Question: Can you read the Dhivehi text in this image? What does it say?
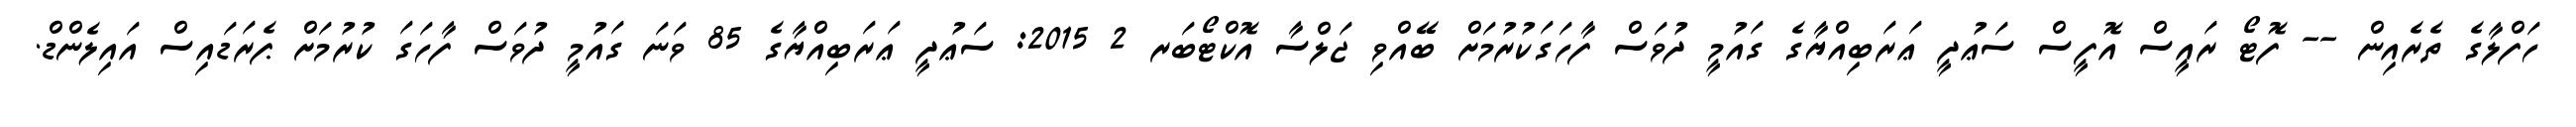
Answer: ހަފްލާގެ ތެރެއިން -- ފޮޓޯ ރައީސް އޮފީސް ސަޢުދީ ޢަރަބިއްޔާގެ ގައުމީ ދުވަސް ފާހަގަކުރުމަށް ބޭއްވި ޖަލްސާ އޮކްޓޯބަރ 2 2015: ސަޢުދީ ޢަރަބިއްޔާގެ 85 ވަނަ ގައުމީ ދުވަސް ފާހަގަ ކުރުމަށް ޕެރަޑައިސް އައިލެންޑް.